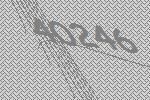
40246